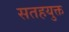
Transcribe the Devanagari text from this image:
सतहयुक्त